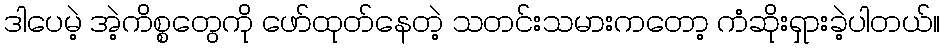
ဒါပေမဲ့ အဲ့ကိစ္စတွေကို ဖော်ထုတ်နေတဲ့ သတင်းသမားကတော့ ကံဆိုးရှားခဲ့ပါတယ်။